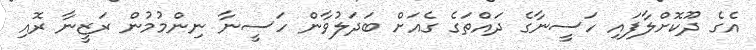
އެގެ ދޫކޮށްލާފައި ހަސީނާގެ ދައްތަގެ ގެއަށް ބަދަލުވާން ހަސީނާ ނިންމުމުން ރަޒީނާ ރޮއި